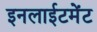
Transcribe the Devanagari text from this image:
इनलाईटमेंट